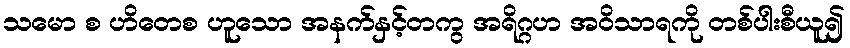
သမော စ ဟိတေစ ဟူသော အနက်နှင့်တကွ အရိဂ္ဂဟ အဝိသာရကို တစ်ပါးစီယူ၍